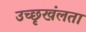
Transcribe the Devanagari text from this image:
उच्छृखंलता